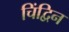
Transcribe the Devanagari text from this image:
चिंद्विन